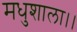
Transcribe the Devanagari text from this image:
मधुशाला।।